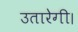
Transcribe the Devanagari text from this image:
उतारेगी।